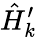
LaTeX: \hat{H}_{k}^{\prime}